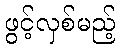
ဖွင့်လှစ်မည့်